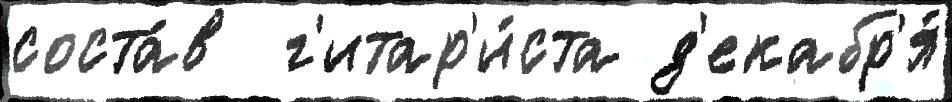
соста́в  г'итар'и́ста д'екабр'я́